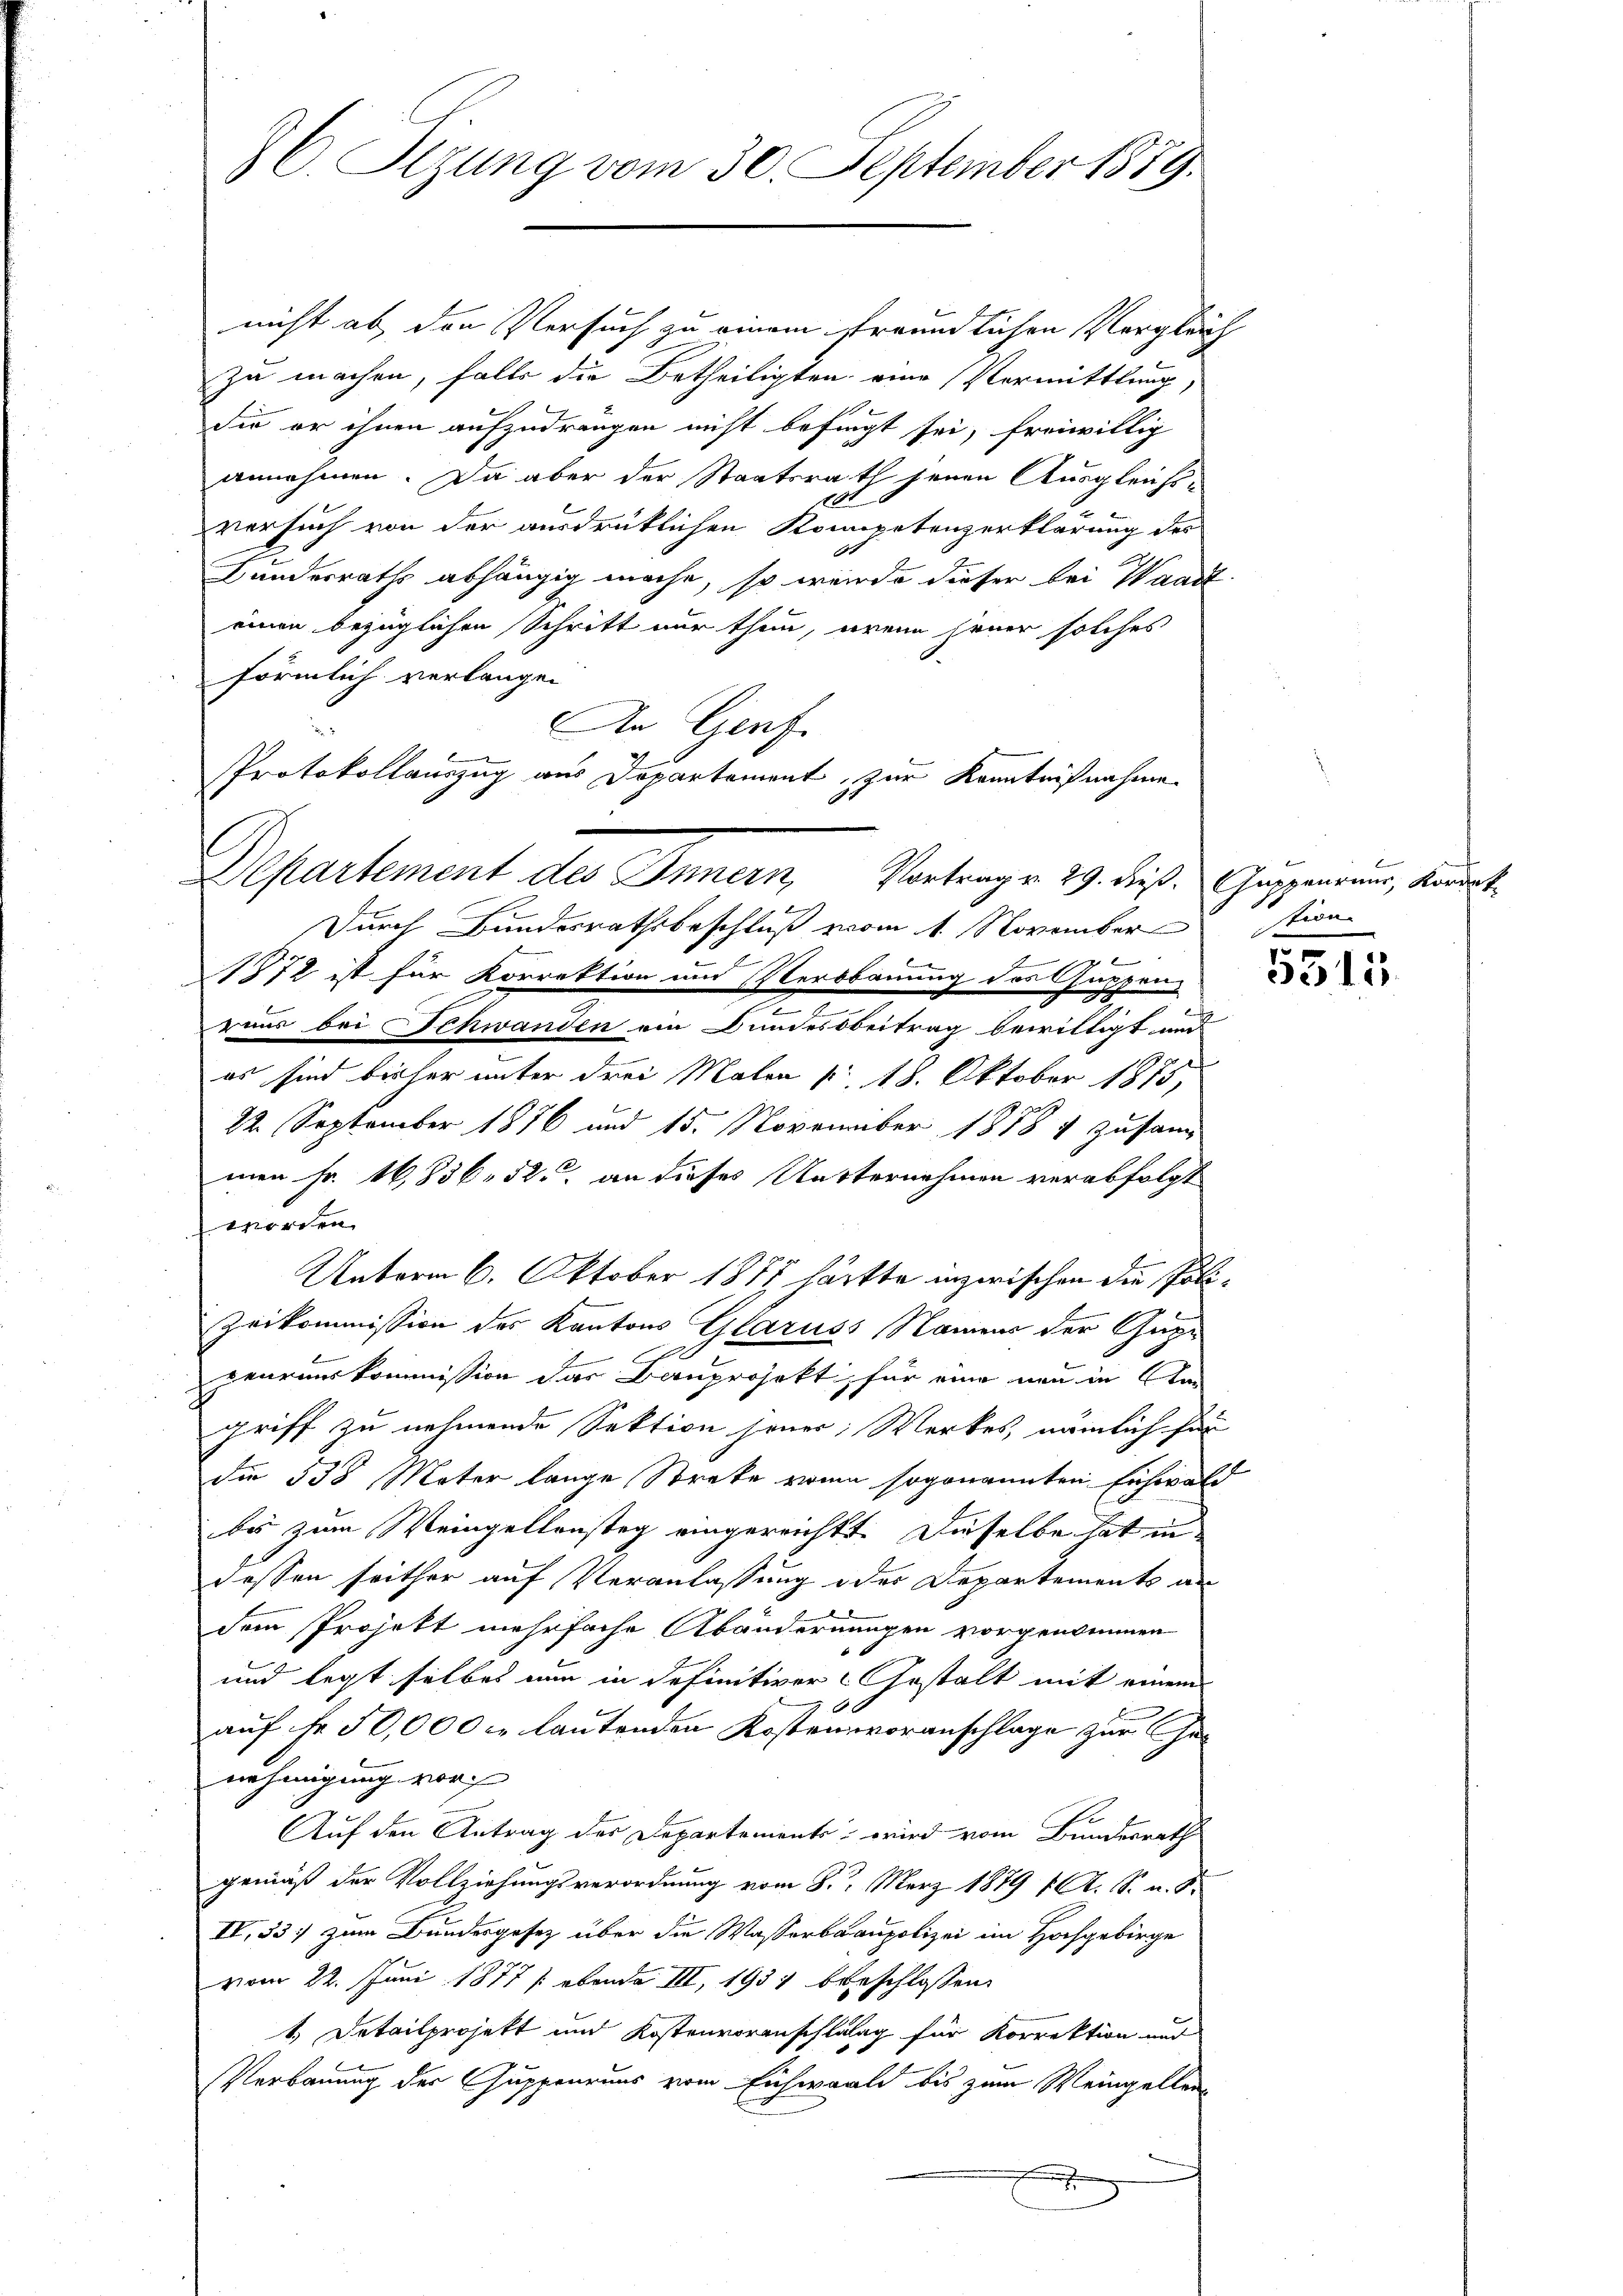
C. Sizung vom 30. September 1889.

nicht ab, den Versuch zu einem freundlichen Vergleich
zu machen, falls die Betheiligten eine Vermittlung,
17
die er ihnen aufzudrängen nicht befingt sei, freiwillig
annehmen. Da aber der Staatsrath jenen Ausgleichs-
e
versuch von der ausdrüklichen Kompetenzerklärung des
.
Bunderraths abhängig mache, so werde dieser bei Waadt
einen bezüglichen Schritt nur thun, wenn jener solches
förmlich verlangen
An Genf.
Protokollauszug aus Departement zur Kenntnißnahme
Departement des Innern, Vortrage 29. Fuß. Sappenzend, kannt
Durch Bundesrathsbeschluß vom 1. November
7
1872 ist für Korrektion und Verbauung des Guppen-
2
e
raus bei Schwanden ein Bundesbeitrag bewilligt und
es sind bisher unter drei Malen p. 18. Oktober 1875,
22. September 1876 und 15. November 1888 1 zusam
men Fr. 16,836. 52 an dieses Mutternehmen verabfolgt
worden.
Unterm 6. Oktober 1887 hätte inzwischen die Poli¬
Zeikommission des Kantons Glaruss Namens der Gage

peurinskommission das Bauprojekt, für eine neu in Am
griff zu nehmende Sektion jener, Werkes, nämlich für
dir 538 Mater lange Streke von sogenannten Eichwald
bis zum Weingellensteg eingereichtt. Dieselbe hat in
dessen seither auf Veranlassung der Departements an
dem Projekt mehrfache Abändernungen vorgenommen
und legt selbe nun in definitiver Gestalt mit einem
0
auf fr. 50,000 c. lautenden Kostenvoranschlage zur Genehmigung vor
7
Auf den Antrag des Departements wird vom Bundesrath
gemäß der Vollziehungsverordnung vom 8. März 1879 f. A. S. u. S.
IV.33) zum Bundesgesetz über die Wasserbaupolizei im Hochgebirge
vom 22. Juni 1877 /: ebende III, 1934 beschlossen.
1.) Detailprojekt und Kostenvoranschlatag für Korrektion und
Verbauung der Guppenruns vom Eichwol bis zum Weingellen¬

sion

s
5315